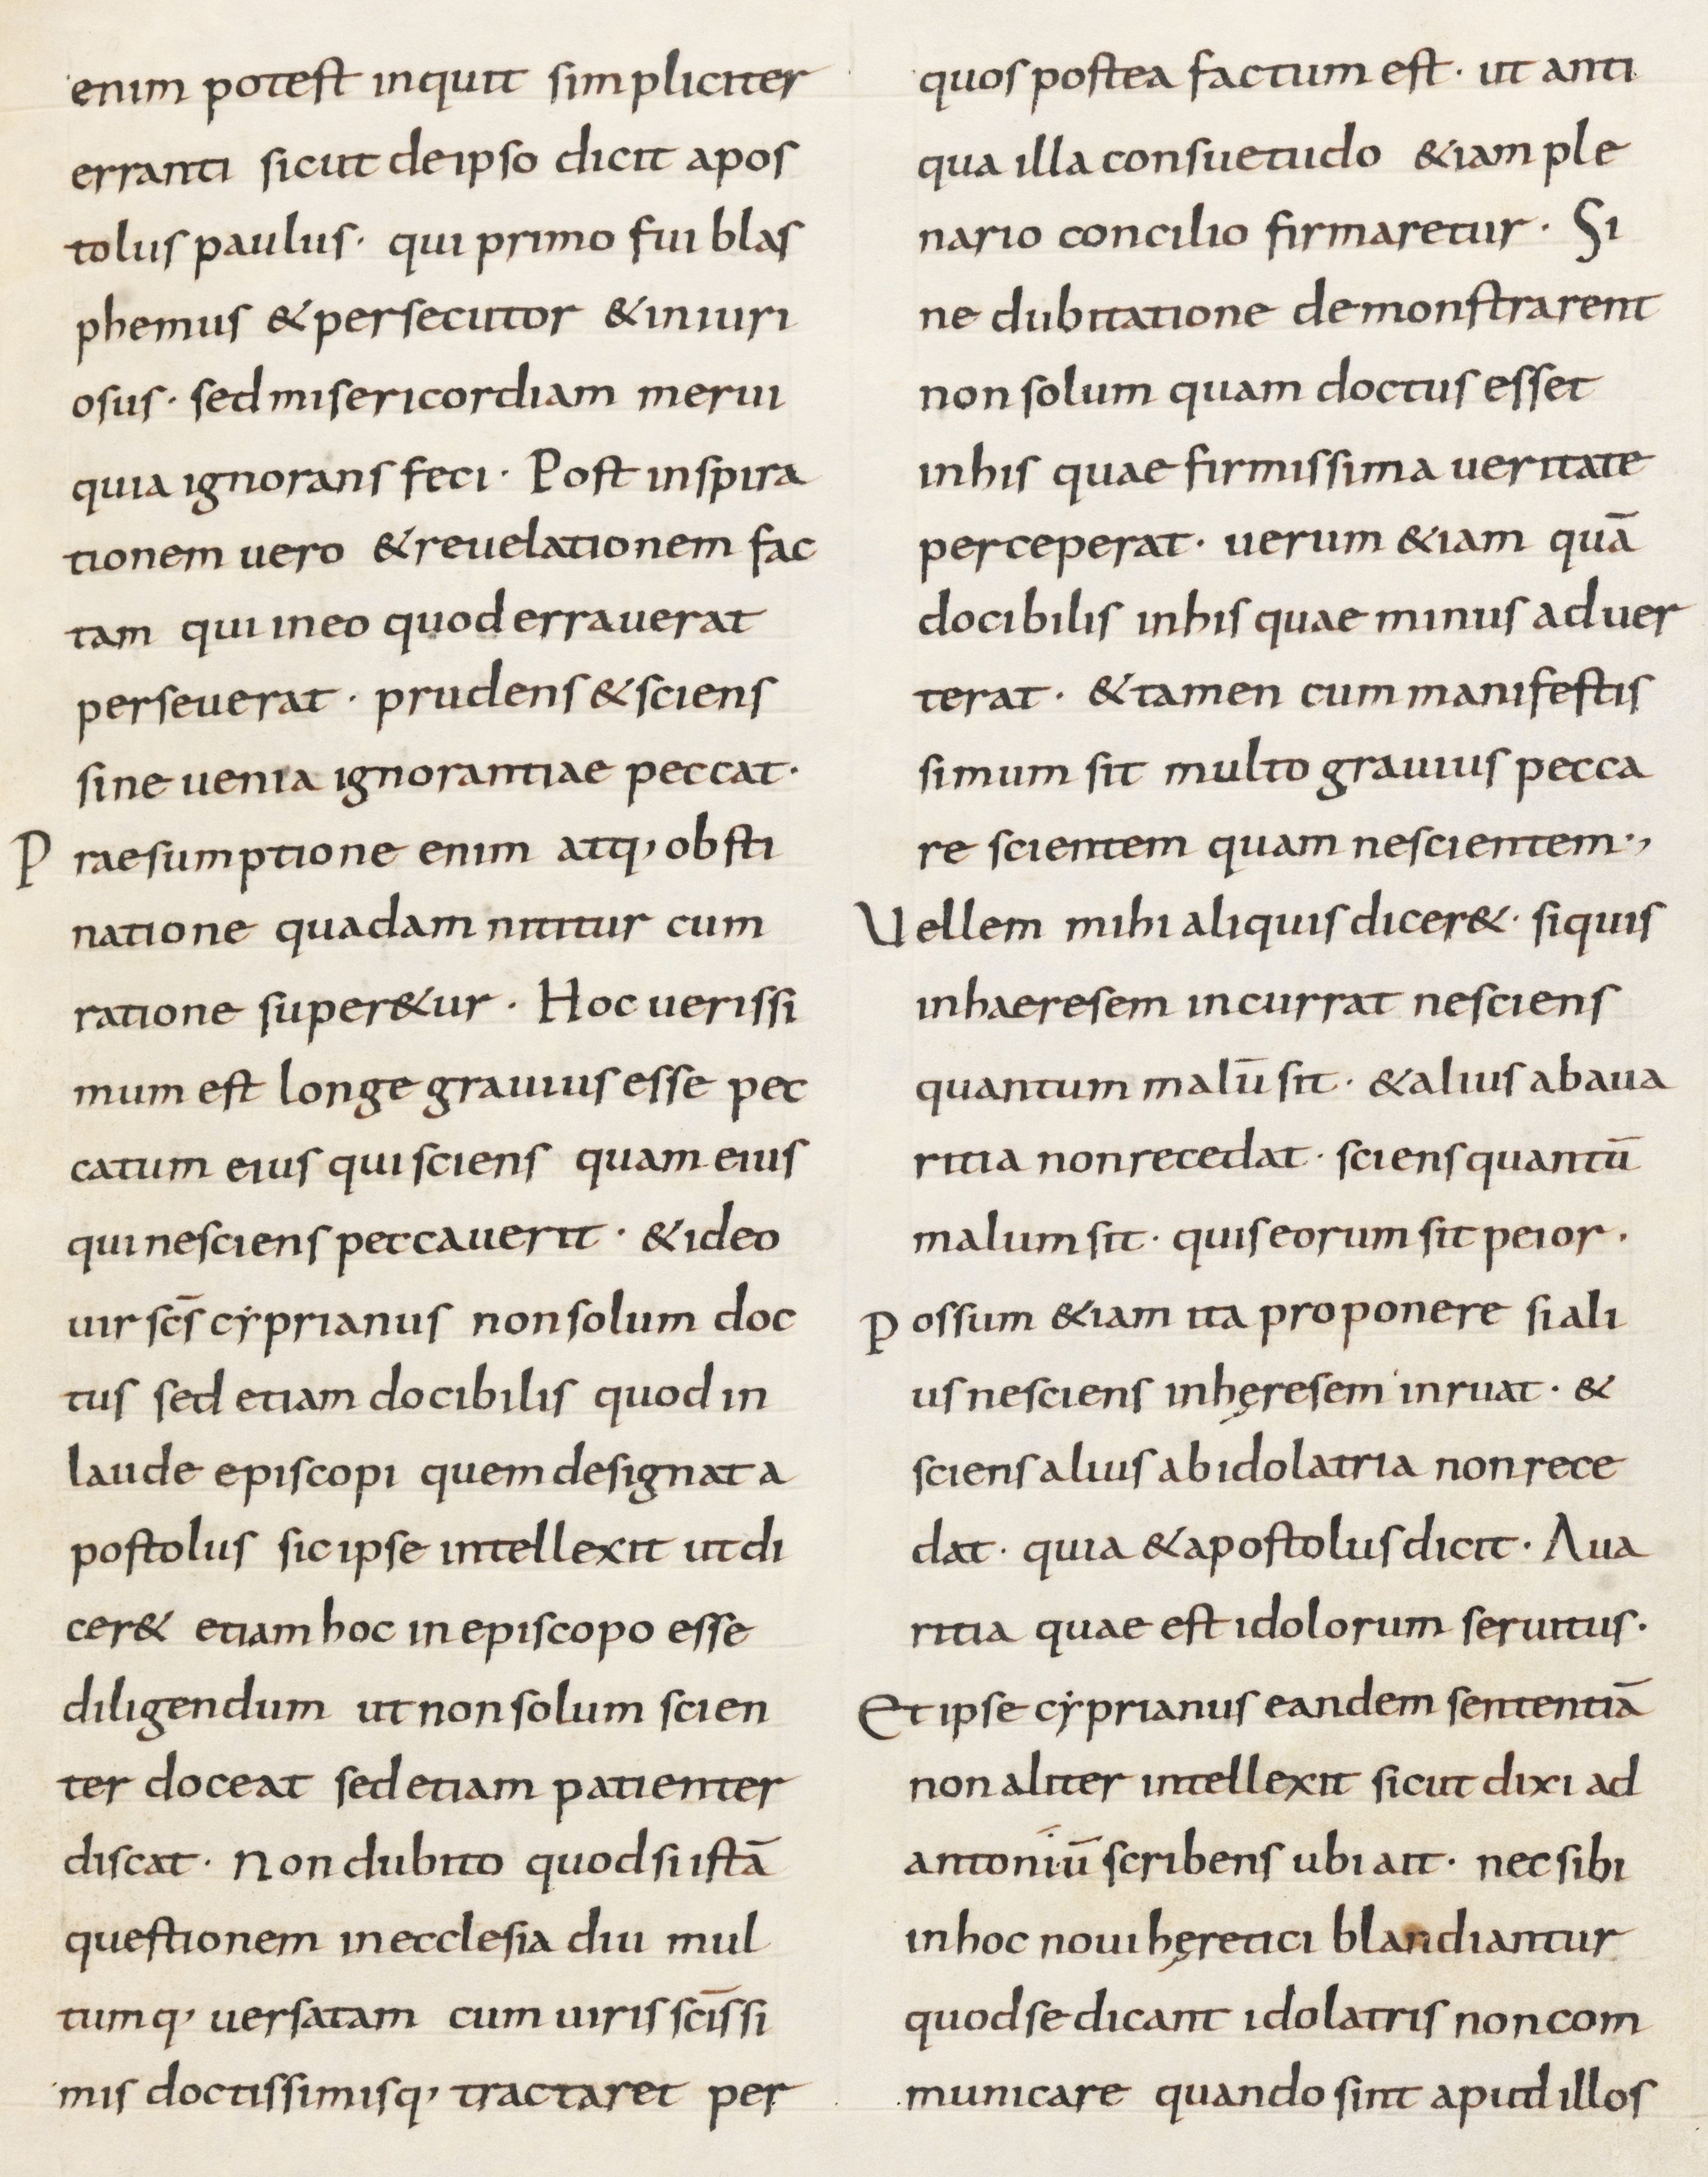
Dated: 800–899